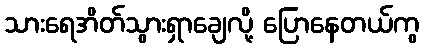
သားရေအိတ်သွားရှာချေလို့ ပြောနေတယ်ကွ